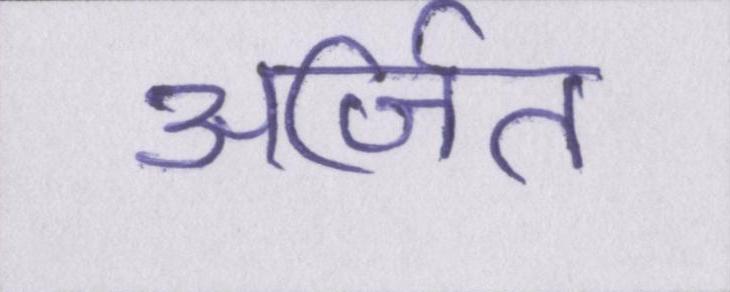
अर्जित